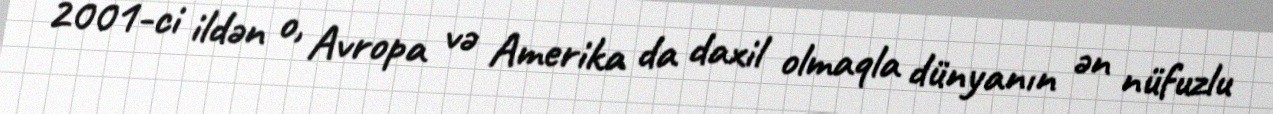
2001-ci ildən o, Avropa və Amerika da daxil olmaqla dünyanın ən nüfuzlu